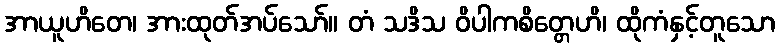
အာယူဟိတေ၊ အားထုတ်အပ်သော်။ တံ သဒိသ ဝိပါကစိတ္တေဟိ၊ ထိုကံနှင့်တူသော